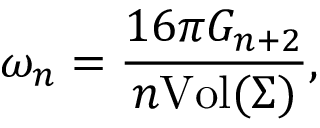
\omega _ { n } = \frac { 1 6 \pi G _ { n + 2 } } { n \mathrm { V o l } ( \Sigma ) } ,